Scientific memoirs by medical officers of the Army of India - Part V,
Year: 1890
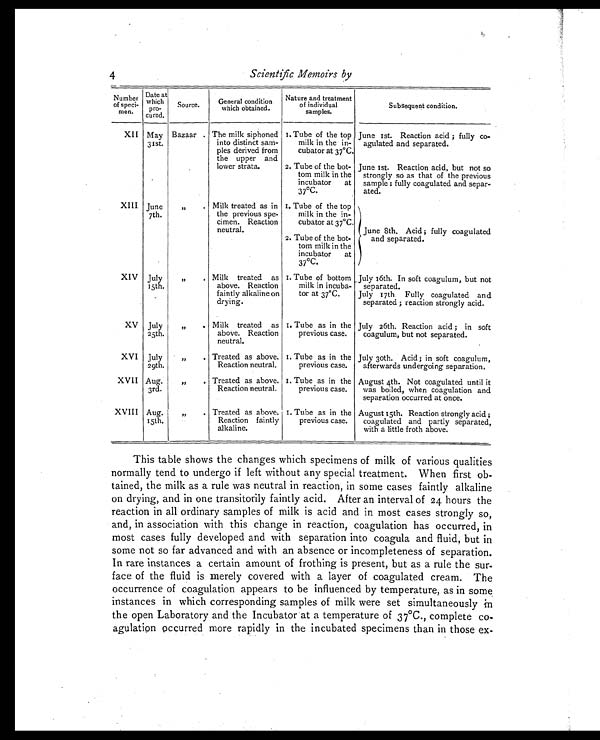
4
Scientific Memoirs by
Number
of speci-
men.
Date at
which
pro-
cured.
Source.
General condition
which obtained.
Nature and treatment
of individual
samples.
Subsequent condition.
XII May
31st.
Bazaar . The milk siphoned
into distinct sam-
ples derived from
the upper and
lower strata.
I. Tube of the top
milk in the in-
cubator at 37°C.
June 1st. Reaction acid ; fully co-
agulated and separated.
2. Tube of the bot-
tom milk in the
incubator at
37ºC.
June 1st. Reaction acid, but not so
strongly so as that of the previous
sample : fully coagulated and separ-
ated.
XIII June
7th.
,,
. Milk treated as in
the previous spe-
cimen. Reaction
neutral.
1. Tube of the top
milk in the in-
cubator at 37°C.
June 8th. Acid ; fully coagulated
and separated.
2. Tube of the bot-
tom milk in the
incubator at
37°C.
XIV July
15th.
„
. Milk treated as
above. Reaction
faintly alkaline on
drying.
I. Tube of bottom
milk in incuba-
tor at 37°C.
July 16th. In soft coagulum, but not
separated.
July 17th Fully coagulated and
separated ; reaction strongly acid.
XV July
25th.
,,
.
Milk treated as
above. Reaction
neutral.
I. Tube as in the
previous case.
July 26th. Reaction acid ; in soft
coagulum, but not separated.
XVI July
29th.
„
. Treated as above.
Reaction neutral.
1. Tube as in the
previous case,
July 30th. Acid ; in soft coagulum,
afterwards undergoing separation.
XVII Aug.
3rd.
„
. Treated as above.
Reaction neutral.
I. Tube as in the
previous case.
August 4th. Not coagulated until it
was boiled, when coagulation and
separation occurred at once.
XVIII Aug.
15th.
„
. Treated as above.
Reaction faintly
alkaline.
I. Tube as in the
previous case,
August 15th. Reaction strongly acid ;
coagulated and partly separated,
with a little froth above.
This table shows the changes which specimens of milk of various qualities
normally tend to undergo if left without any special treatment. When first ob-
tained, the milk as a rule was neutral in reaction, in some cases faintly alkaline
on drying, and in one transitorily faintly acid. After an interval of 24 hours the
reaction in all ordinary samples of milk is acid and in most cases strongly so,
and, in association with this change in reaction, coagulation has occurred, in
most cases fully developed and with separation into coagula and fluid, but in
some not so far advanced and with an absence or incompleteness of separation.
In rare instances a certain amount of frothing is present, but as a rule the sur-
face of the fluid is merely covered with a layer of coagulated cream. The
occurrence of coagulation appears to be influenced by temperature, as in some
instances in which corresponding samples of milk were set simultaneously in
the open Laboratory and the Incubator at a temperature of 37°C., complete co-
agulation occurred more rapidly in the incubated specimens than in those ex-